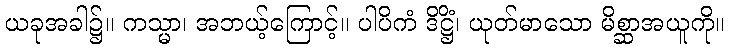
ယခုအခါ၌။ ကသ္မာ၊ အဘယ့်ကြောင့်။ ပါပိကံ ဒိဋ္ဌိံ၊ ယုတ်မာသော မိစ္ဆာအယူကို။